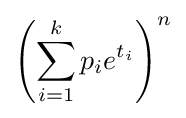
\left(\sum _{i=1}^{k}p_{i}e^{t_{i}}\right)^{n}